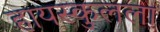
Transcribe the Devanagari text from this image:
हायस्कुलला